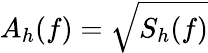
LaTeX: A_{h}(f)=\sqrt{S_{h}(f)}